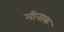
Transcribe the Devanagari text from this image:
मीनाक